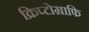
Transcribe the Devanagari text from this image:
क्रिप्टोग्राफि